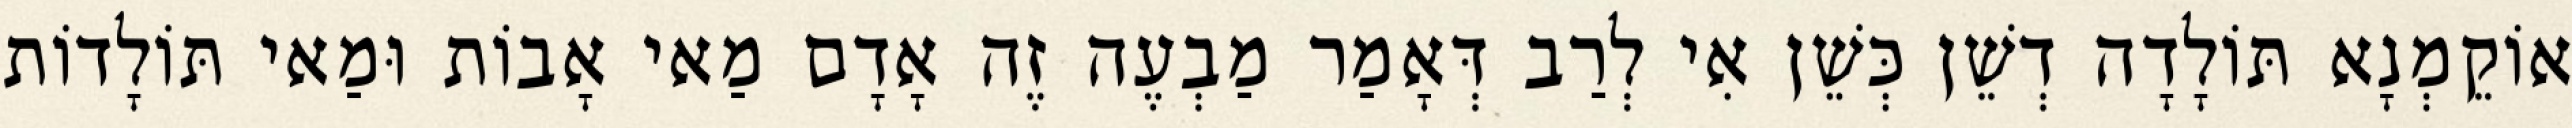
אוֹקֵמְנָא תּוֹלָדָה דְשֵׁן כְּשֵׁן אִי לְרַב דְּאָמַר מַבְעֶה זֶה אָדָם מַאי אָבוֹת וּמַאי תּוֹלָדוֹת